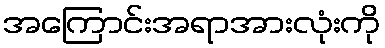
အကြောင်းအရာအားလုံးကို